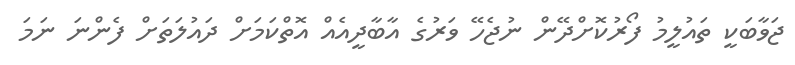
ޖަވާބަކީ ތައުލީމު ފޯރުކޮށްދޭން ނުޖެހޭ ވަރުގެ އާބާދީއެއް އޮތްކަމަށް ދައުލަތަށް ފެންނަ ނަމަ